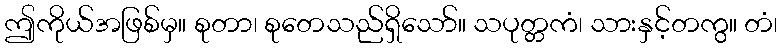
ဤကိုယ်အဖြစ်မှ။ စုတာ၊ စုတေသည်ရှိသော်။ သပုတ္တကံ၊ သားနှင့်တကွ။ တံ၊